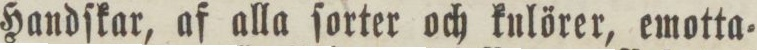
Handſkar, af alla ſorter och kulörer, emotta=